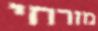
מזרחי